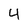
Character: 4